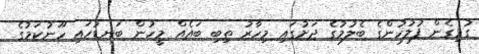
ގުޅިގެން ފުލުހުންގެ ބެލުމުގެ ދަށުގައި މިހާރު ތިބި ބައެއް މީހުން ބަނޑުހައި ހޫނުކަމުގެ